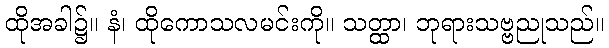
ထိုအခါ၌။ နံ၊ ထိုကောသလမင်းကို။ သတ္ထာ၊ ဘုရားသဗ္ဗညုသည်။